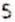
5